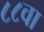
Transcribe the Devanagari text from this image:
८८वा